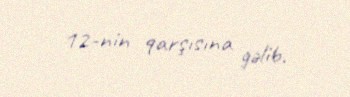
12-nin qarşısına gəlib.